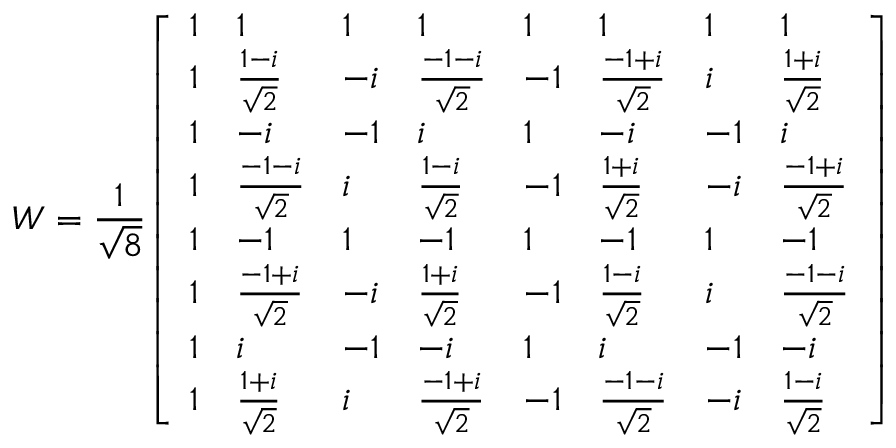
W = { \frac { 1 } { \sqrt { 8 } } } { \left[ \begin{array} { l l l l l l l l } { 1 } & { 1 } & { 1 } & { 1 } & { 1 } & { 1 } & { 1 } & { 1 } \\ { 1 } & { { \frac { 1 - i } { \sqrt { 2 } } } } & { - i } & { { \frac { - 1 - i } { \sqrt { 2 } } } } & { - 1 } & { { \frac { - 1 + i } { \sqrt { 2 } } } } & { i } & { { \frac { 1 + i } { \sqrt { 2 } } } } \\ { 1 } & { - i } & { - 1 } & { i } & { 1 } & { - i } & { - 1 } & { i } \\ { 1 } & { { \frac { - 1 - i } { \sqrt { 2 } } } } & { i } & { { \frac { 1 - i } { \sqrt { 2 } } } } & { - 1 } & { { \frac { 1 + i } { \sqrt { 2 } } } } & { - i } & { { \frac { - 1 + i } { \sqrt { 2 } } } } \\ { 1 } & { - 1 } & { 1 } & { - 1 } & { 1 } & { - 1 } & { 1 } & { - 1 } \\ { 1 } & { { \frac { - 1 + i } { \sqrt { 2 } } } } & { - i } & { { \frac { 1 + i } { \sqrt { 2 } } } } & { - 1 } & { { \frac { 1 - i } { \sqrt { 2 } } } } & { i } & { { \frac { - 1 - i } { \sqrt { 2 } } } } \\ { 1 } & { i } & { - 1 } & { - i } & { 1 } & { i } & { - 1 } & { - i } \\ { 1 } & { { \frac { 1 + i } { \sqrt { 2 } } } } & { i } & { { \frac { - 1 + i } { \sqrt { 2 } } } } & { - 1 } & { { \frac { - 1 - i } { \sqrt { 2 } } } } & { - i } & { { \frac { 1 - i } { \sqrt { 2 } } } } \end{array} \right] }